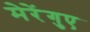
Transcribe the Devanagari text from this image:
मेरेंगुए